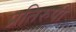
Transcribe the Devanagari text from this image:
प्रतिरुपी